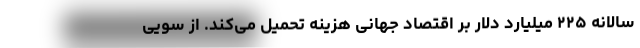
سالانه ۲۲۵ میلیارد دلار بر اقتصاد جهانی هزینه تحمیل می‌کند. از سویی